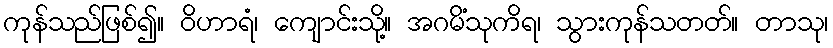
ကုန်သည်ဖြစ်၍။ ဝိဟာရံ၊ ကျောင်းသို့။ အဂမိံသုကိရ၊ သွားကုန်သတတ်။ တာသု၊